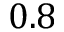
0 . 8